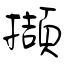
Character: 擷